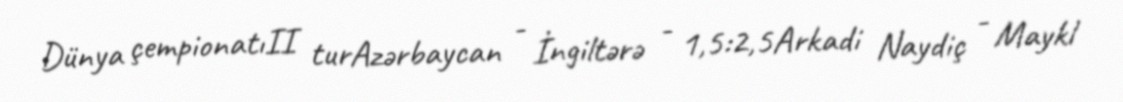
Dünya çempionatıII turAzərbaycan - İngiltərə - 1,5:2,5Arkadi Naydiç - Maykl